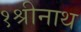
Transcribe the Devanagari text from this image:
१श्रीनाथ